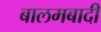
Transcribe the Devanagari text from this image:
बालमबादी